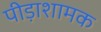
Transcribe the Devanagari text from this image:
पीड़ाशामक